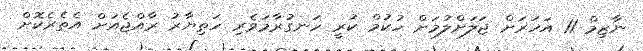
ނާޒިމް 11 އަހަރަށް ޖަލަށްލުމަށް ހުކުމް ކުރީ ހަނގުރާމަވެރި ހަތިޔާރު ރާއްޖެއަށް އެތެރެކޮށް